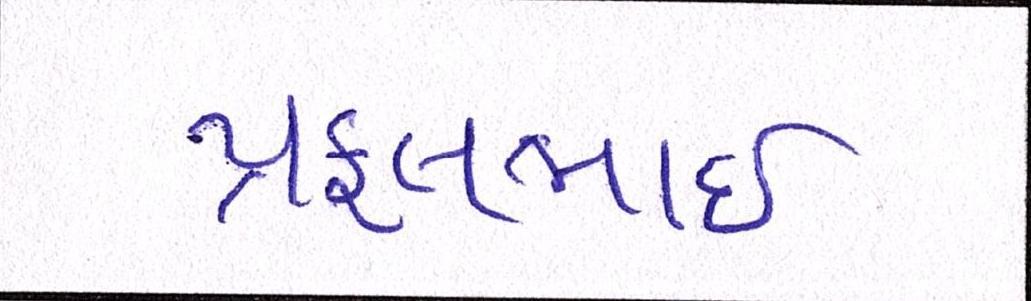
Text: પ્રફુલભાઈ